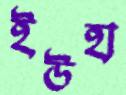
ইউহা